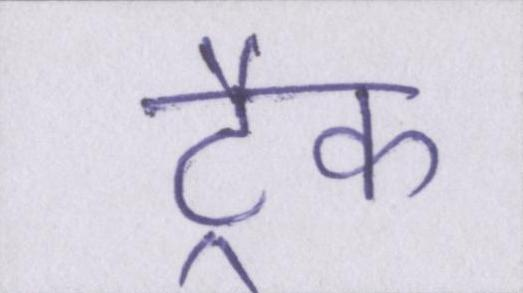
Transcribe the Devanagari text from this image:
ट्रैक